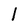
Character: l